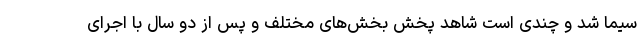
سیما شد و چندی است شاهد پخش بخش‌های مختلف و پس از دو سال با اجرای